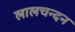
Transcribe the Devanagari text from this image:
लालचन्दन